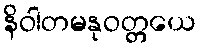
နိဝါတမနုဝတ္တယေ